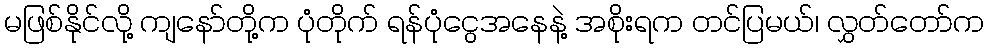
မဖြစ်နိုင်လို့ ကျနော်တို့က ပုံတိုက် ရန်ပုံငွေအနေနဲ့ အစိုးရက တင်ပြမယ်၊ လွှတ်တော်က